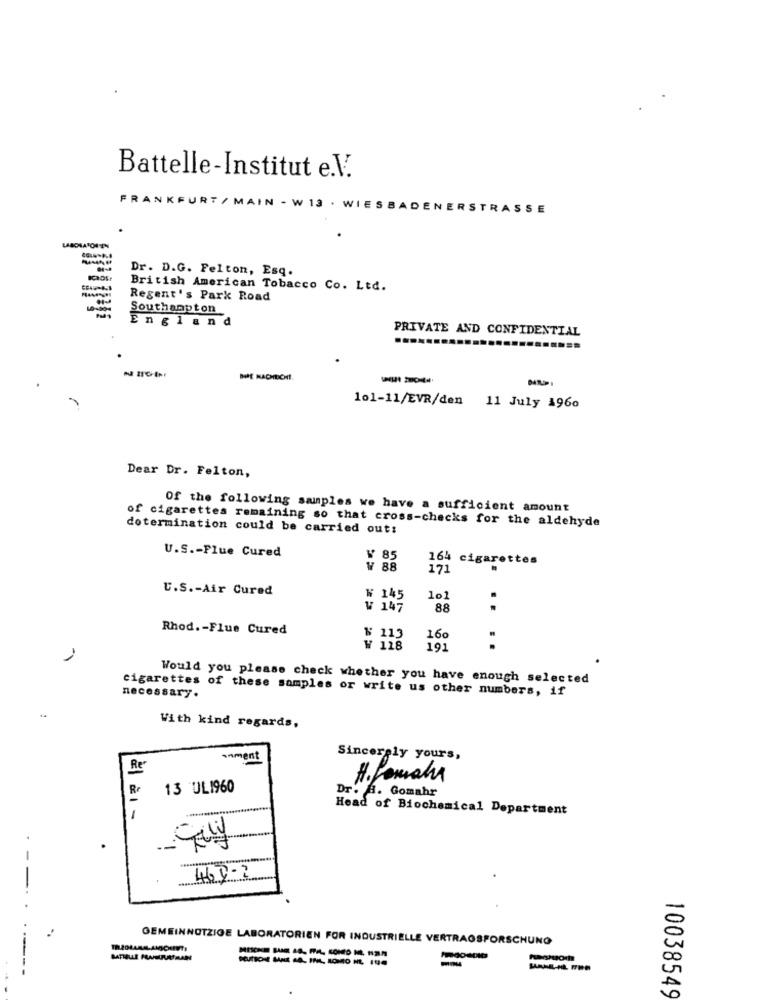
Battelle-Institut e.V.
FRANKFURT / MAIN - W 13 . WIESBADENERSTRASSE
LASCIATONEN
Dr. D.G. Felton, Esq.
British American Tobacco Co. Ltd.
Regent's Park Road
Southampton
England
PRIVATE AND CONFIDENTIAL
DIE NACHDICH !.
-
101-11/EVR/den 11 July 1960
Dear Dr. Felton,
Of the following samples we have a sufficient amount
determination could be carried out:
of cigarettes remaining so that cross-checks for the aldehyde
U.S .- Flue Cured
¥ 85
164 cigarettes
W 88
17
U.S .- Air Cured
₩ 145
10]
V 147
88
..
Rhod .- Flue Cured
160
W 118
191
.
Would you please check whether you have enough selected
cigarettes of these samples or write us other numbers, if
necessary.
With kind regards,
Inment
Sincerely yours,
Re
H. fomaha
13 UL1960
Dr. a. Gomahr
Head of Biochemical Department
31
468-2
GEMEINNOTZIGE LABORATORIEN FOR INDUSTRIELLE VERTRAGSFORSCHUNG
-------
-
10038549